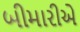
બીમારીએ